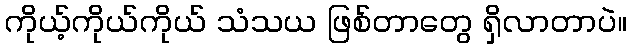
ကိုယ့်ကိုယ်ကိုယ် သံသယ ဖြစ်တာတွေ ရှိလာတာပဲ။